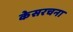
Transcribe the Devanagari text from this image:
केसरचना